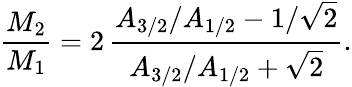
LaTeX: {\frac{M_{2}}{M_{1}}}=2\, {\frac{A_{3/2}/A_{1/2}-1/\sqrt 2}{A_{3/2}/A_{1/2}+\sqrt 2}}.